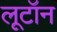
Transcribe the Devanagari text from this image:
लूटॉन